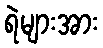
ရဲများအား